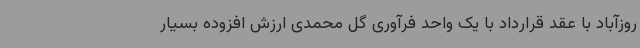
روزآباد با عقد قرارداد با یک واحد فرآوری گل محمدی ارزش افزوده بسیار